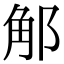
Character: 𨛥